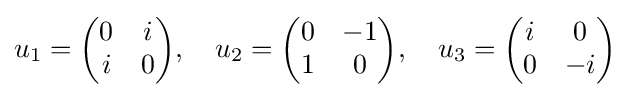
u_{1}={\begin{pmatrix}0&i\\i&0\end{pmatrix}},\quad u_{2}={\begin{pmatrix}0&-1\\1&0\end{pmatrix}},\quad u_{3}={\begin{pmatrix}i&0\\0&-i\end{pmatrix}}~